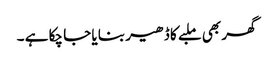
گھر بھی ملبے کا ڈھیر بنا یا جا چکا ہے ۔